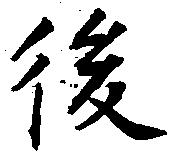
後